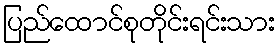
ပြည်ထောင်စုတိုင်းရင်းသား